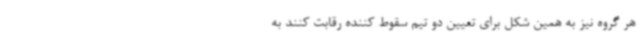
هر گروه نیز به همین شکل برای تعیین دو تیم سقوط کننده رقابت کنند به